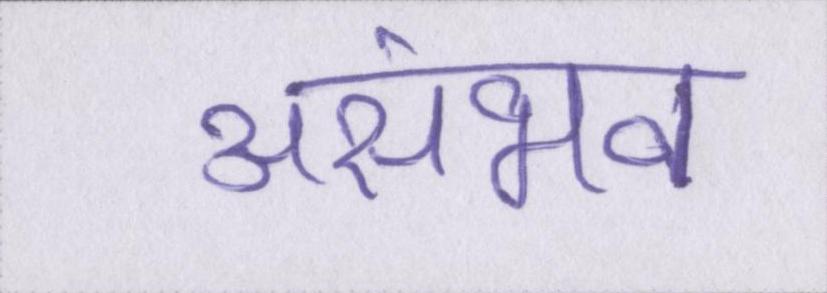
असंभव